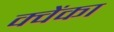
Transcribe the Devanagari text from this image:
क्वेंका